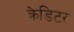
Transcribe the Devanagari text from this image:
क्रेडिटर